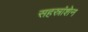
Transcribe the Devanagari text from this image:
सहस्रांशेन